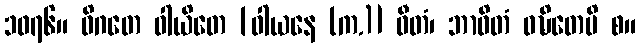
၁၀၇၆။ ဝိဂတေ ဝါယိတေ [ဝါယနေ (က.)] ဝီတံ၊ ဘာဝိတံ ဝဍ္ဎိတေပိ စ။